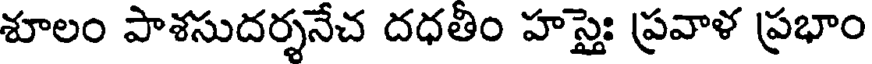
శూలం పాశసుదర్శనేచ దధతిం హస్తైః ప్రవాళ ప్రభాం